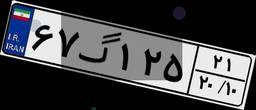
۷۳گ۵۸۵۷۸